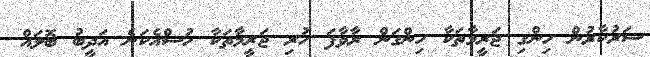
ސަރުކާރުން ހިންގި ޖަރީމާތަކާ ހިންގަން ރާވާފަ ހުރި ޖަރީމާތަކާ ހުސްއެކަނެ އަދީބު ބޮލައް